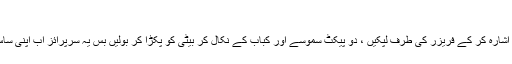
‘‘
ماں جی کا چہرہ یک دم کھل اٹھا اسے ساتھ آنے کا اشارہ کر کے فریزر کی طرف لپکیں ، دو پیکٹ سموسے اور کباب کے نکال کر بیٹی کو پکڑا کر بولیں بس یہ سرپرائز اب اپنی ساس اور نند کو کس طرح دینا ہے یہ تمھارا کام ہے ۔